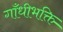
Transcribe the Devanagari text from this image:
गाँधीभक्ति